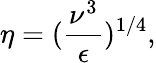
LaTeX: \eta=(\frac{\nu^{3}}{\epsilon})^{1/4},